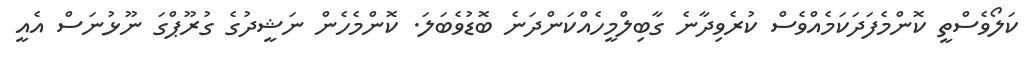
ކަލޯވެސްތީ ކޮންމެފަދަކަމެއްވެސް ކުރެވިދާނެ ގާބިލްމީހެއްކަންދަނެ ބޮޑުވެބަލަ. ކޮންމެހެން ނަޝީދުގެ ގުރޫޕްގަ ނޫޅުނަސް އެއީ